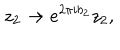
z _ { 2 } \rightarrow e ^ { 2 \pi i b _ { 2 } } z _ { 2 } , \, \,